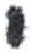
אות: י